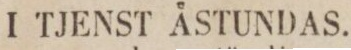
I TJENST ÅSTUNDAS.